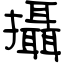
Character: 攝